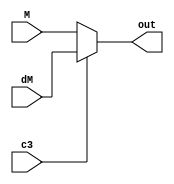
module mux (
    input c3,
    input [8:0]M, dM,
    output [8:0] out
);
    assign out = (c3) ? dM : M;

endmodule